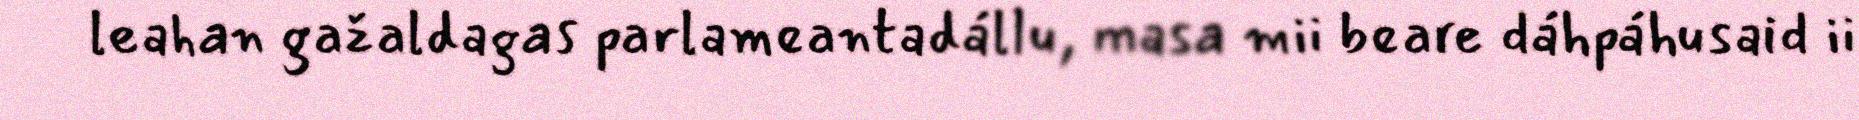
leahan gažaldagas parlameantadállu, masa mii beare dáhpáhusaid ii